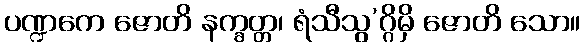
ပဏ္ဍကေ ဇောတိ နက္ခတ္တ၊ ရံသီသွ’ဂ္ဂိမှိ ဇောတိ သော။